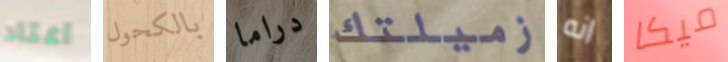
اعتاد بالكحول دراما زميلتك انه ميكا